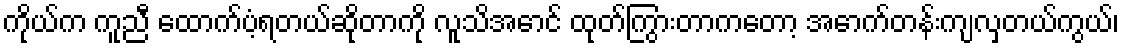
ကိုယ်က ကူညီ ထောက်ပံ့ရတယ်ဆိုတာကို လူသိအောင် ထုတ်ကြွားတာကတော့ အောက်တန်းကျလှတယ်ကွယ်၊